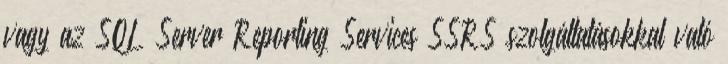
vagy az SQL Server Reporting Services SSRS szolgáltatásokkal való